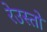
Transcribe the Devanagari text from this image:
रेउस्तो